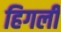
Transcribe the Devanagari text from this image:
हिगली